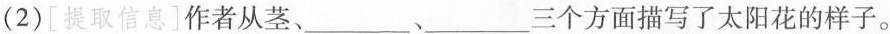
(2)[提取信息]作者从茎、___、___三个方面描写了太阳花的样子。